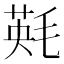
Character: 㲟